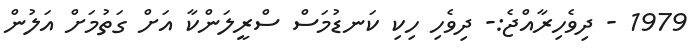
1979 - ދިވެހިރާއްޖެ:- ދިވެހި ހިކި ކަނޑުމަސް ސްރީލަންކާ އަށް ގަތުމަށް އަލުން